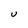
Character: U